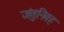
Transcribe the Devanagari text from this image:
जंतुनिवह